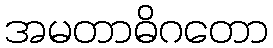
အမတာဓိဂတော